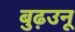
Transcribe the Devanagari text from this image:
बुढ़उनू